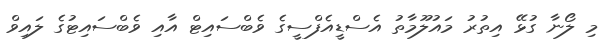
މި ލޯނާ ގުޅޭ އިތުރު މައުލޫމާތު އެސްޑީއެފްސީގެ ވެބްސައިޓް އާއި ވެބްސައިޓުގެ ލައިވް